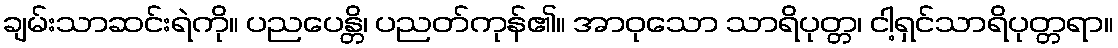
ချမ်းသာဆင်းရဲကို။ ပညပေန္တိ၊ ပညတ်ကုန်၏။ အာဝုသော သာရိပုတ္တ၊ ငါ့ရှင်သာရိပုတ္တရာ။